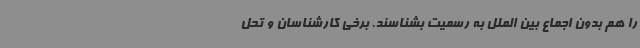
را هم بدون اجماع بین الملل به رسمیت بشناسند. برخی کارشناسان و تحل